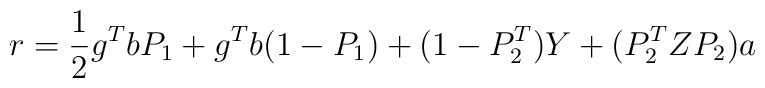
r={1\over2} g\sp{T} b P_1+g\sp{T} b(1-P_1) +(1-P_2\sp{T})Y+ (P_2\sp{T}ZP_2)a